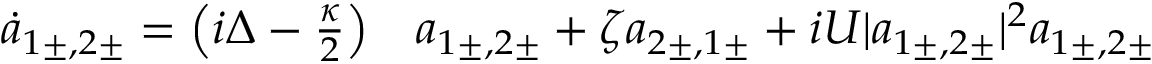
\begin{array} { r l } { \dot { a } _ { 1 \pm , 2 \pm } = \left( i \Delta - \frac { \kappa } { 2 } \right) } & { { } a _ { 1 \pm , 2 \pm } + \zeta a _ { 2 \pm , 1 \pm } + i U | a _ { 1 \pm , 2 \pm } | ^ { 2 } a _ { 1 \pm , 2 \pm } } \end{array}